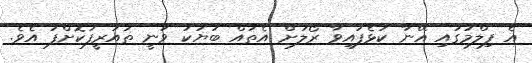
އެ ފިލްމުގައި އޭނާ ކުޅެފައިވާ ރޯލަށް އެތައް ބަޔަކު ވަނީ ތައުރީފުކޮށްފަ އެވެ.